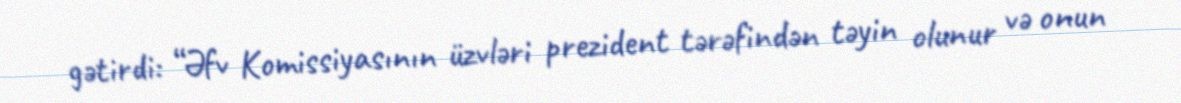
gətirdi: “Əfv Komissiyasının üzvləri prezident tərəfindən təyin olunur və onun